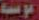
موسسه